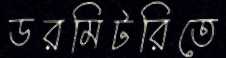
ডরমিটরিতে